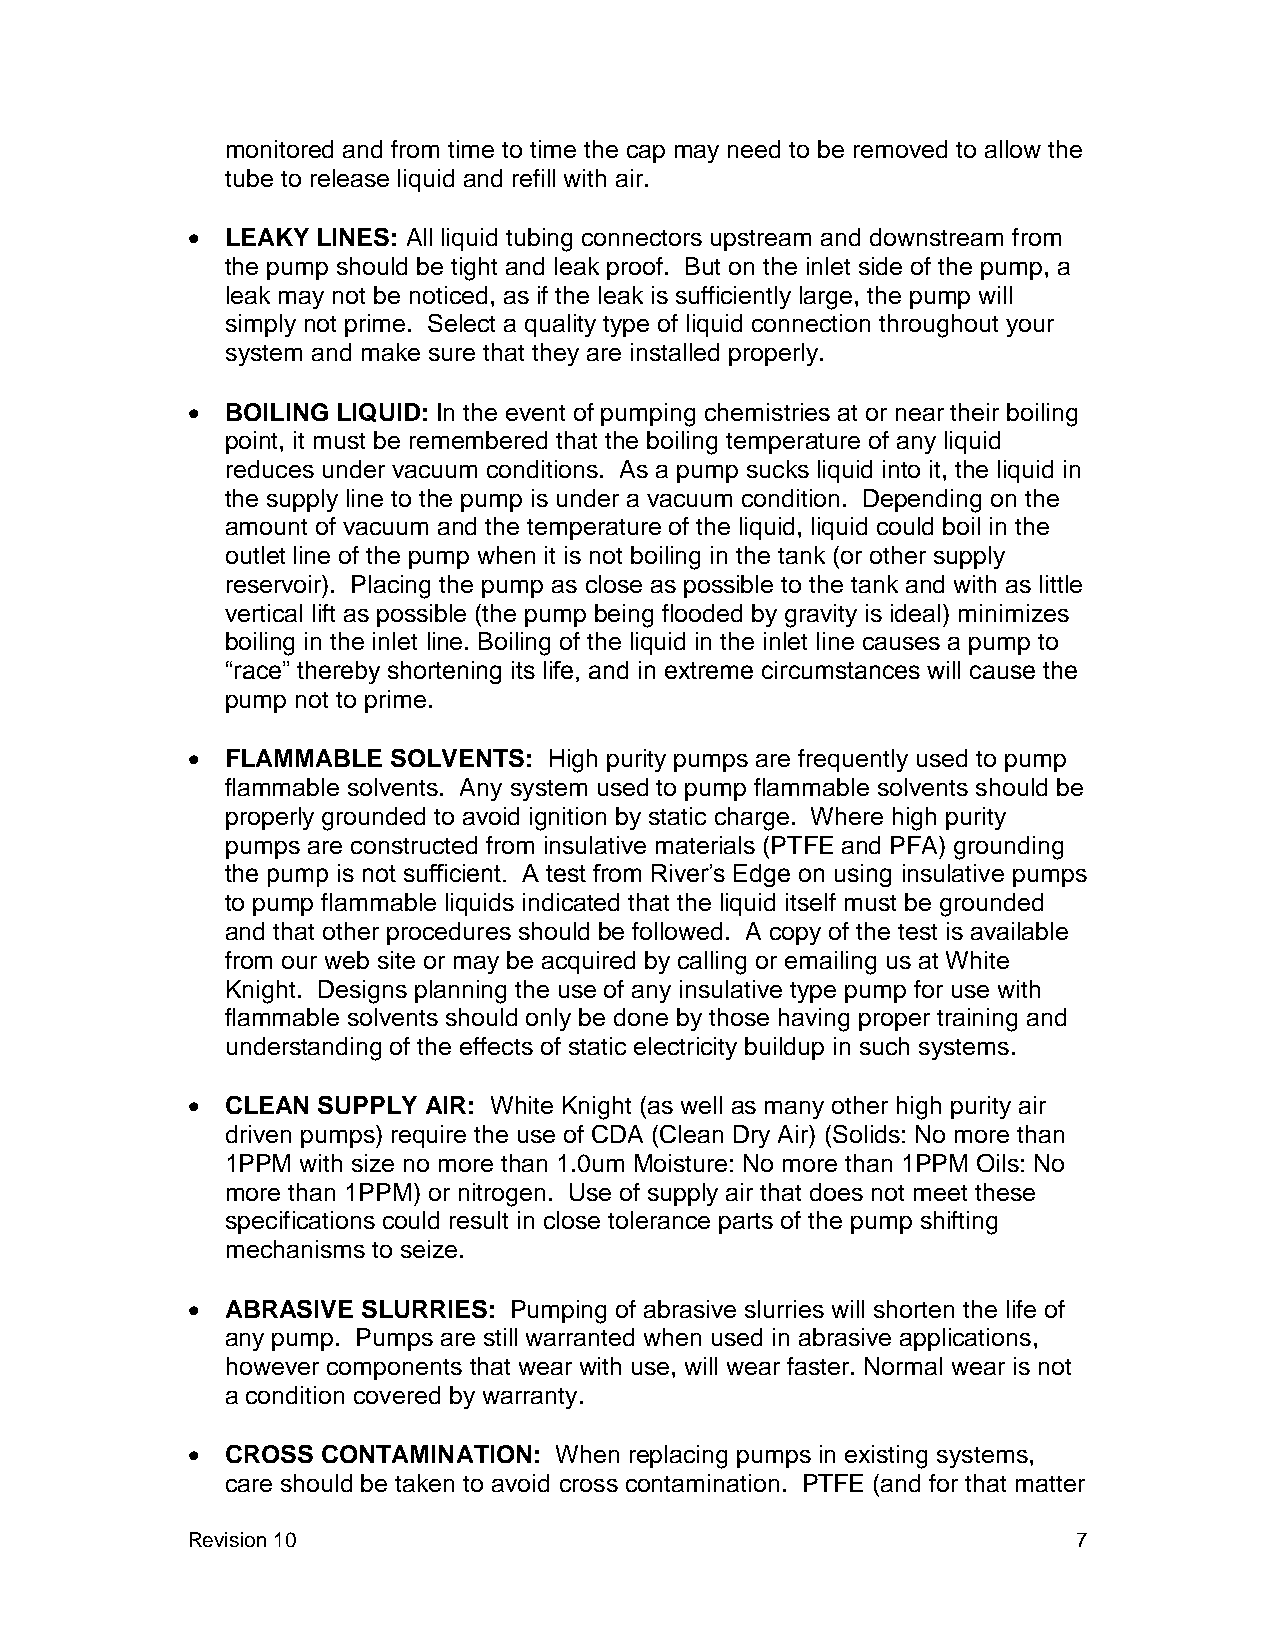
monitored and from time to time the cap may need to be removed to allow the
 tube to release liquid and refill with air.
   LEAKY LINES: All liquid tubing connectors upstream and downstream from
 the pump should be tight and leak proof. But on the inlet side of the pump, a
 leak may not be noticed, as if the leak is sufficiently large, the pump will
 simply not prime. Select a quality type of liquid connection throughout your
 system and make sure that they are installed properly.
   BOILING LIQUID: In the event of pumping chemistries at or near their boiling
 point, it must be remembered that the boiling temperature of any liquid
 reduces under vacuum conditions. As a pump sucks liquid into it, the liquid in
 the supply line to the pump is under a vacuum condition. Depending on the
 amount of vacuum and the temperature of the liquid, liquid could boil in the
 outlet line of the pump when it is not boiling in the tank (or other supply
 reservoir). Placing the pump as close as possible to the tank and with as little
 vertical lift as possible (the pump being flooded by gravity is ideal) minimizes
 boiling in the inlet line. Boiling of the liquid in the inlet line causes a pump to
 “race” thereby shortening its life, and in extreme circumstances will cause the
 pump not to prime.
   FLAMMABLE  SOLVENTS: High purity pumps are frequently used to pump
 flammable solvents. Any system used to pump flammable solvents should be
 properly grounded to avoid ignition by static charge. Where high purity
 pumps are constructed from insulative materials (PTFE and PFA) grounding
 the pump is not sufficient. A test from River’s Edge on using insulative pumps
 to pump flammable liquids indicated that the liquid itself must be grounded
 and that other procedures should be followed. A copy of the test is available
 from our web site or may be acquired by calling or emailing us at White
 Knight. Designs planning the use of any insulative type pump for use with
 flammable solvents should only be done by those having proper training and
 understanding of the effects of static electricity buildup in such systems.
   CLEAN SUPPLY AIR: White Knight (as well as many other high purity air
 driven pumps) require the use of CDA (Clean Dry Air) (Solids: No more than
 1PPM with size no more than 1.0um Moisture: No more than 1PPM Oils: No
 more than 1PPM) or nitrogen. Use of supply air that does not meet these
 specifications could result in close tolerance parts of the pump shifting
 mechanisms to seize.
   ABRASIVE SLURRIES: Pumping of abrasive slurries will shorten the life of
 any pump. Pumps are still warranted when used in abrasive applications,
 however components that wear with use, will wear faster. Normal wear is not
 a condition covered by warranty.
   CROSS CONTAMINATION:  When replacing pumps in existing systems,
 care should be taken to avoid cross contamination. PTFE (and for that matter
 Revision 10                                                7